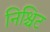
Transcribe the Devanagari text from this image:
निश्चिट